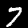
Digit: 7